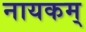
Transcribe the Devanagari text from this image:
नायकम्‌